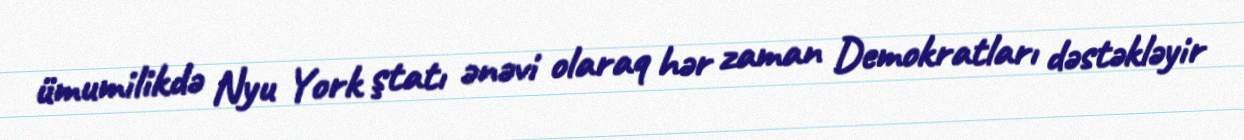
ümumilikdə Nyu York ştatı ənəvi olaraq hər zaman Demokratları dəstəkləyir